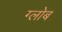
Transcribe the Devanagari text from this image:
ग्‍लोब